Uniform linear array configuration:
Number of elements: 4
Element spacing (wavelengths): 0.25
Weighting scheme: hann
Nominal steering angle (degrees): -45
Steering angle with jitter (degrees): -46.735
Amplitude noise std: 0.05
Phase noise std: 0.05

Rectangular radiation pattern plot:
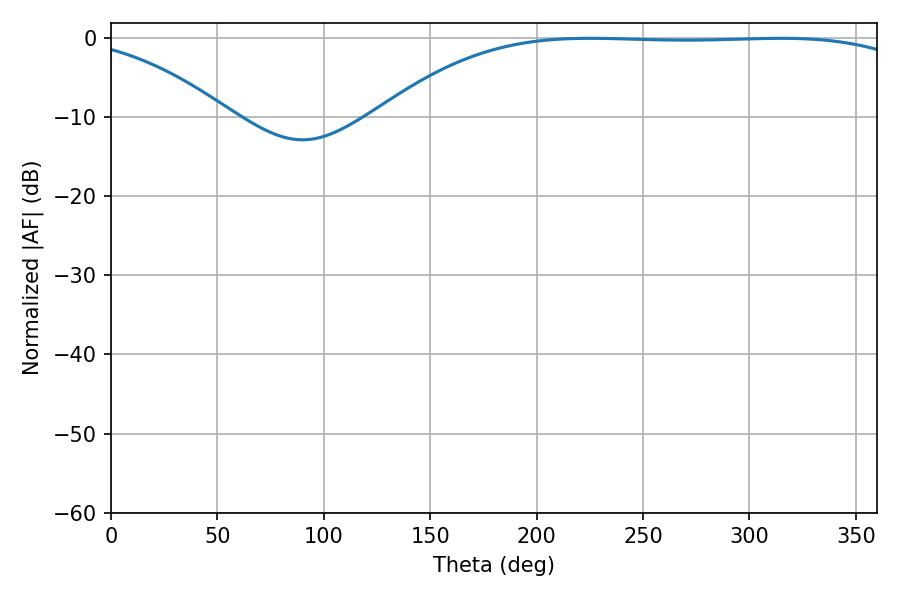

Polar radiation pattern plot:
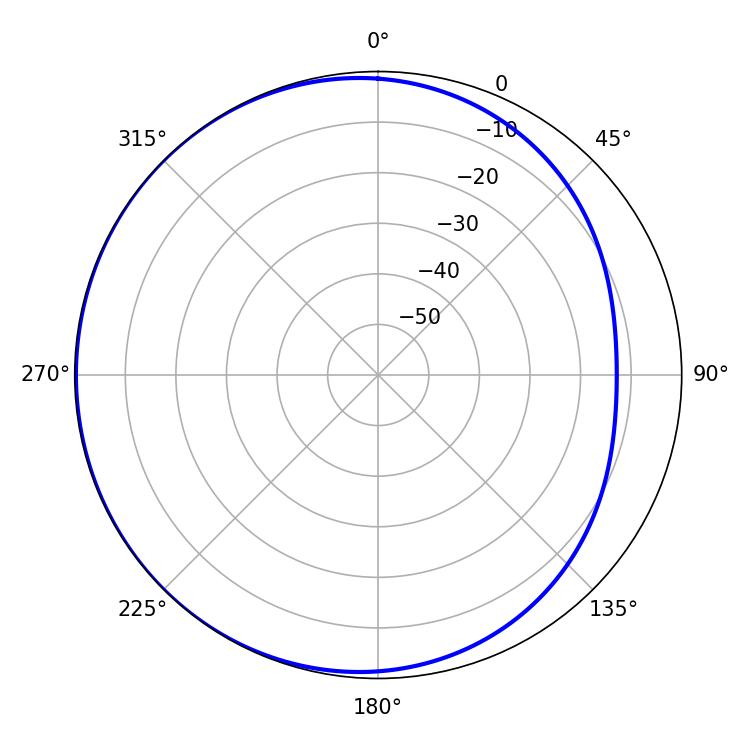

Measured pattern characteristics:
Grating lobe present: FALSE
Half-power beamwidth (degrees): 196.92
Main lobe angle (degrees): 225